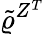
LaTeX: \tilde{\varrho}^{Z^{T}}